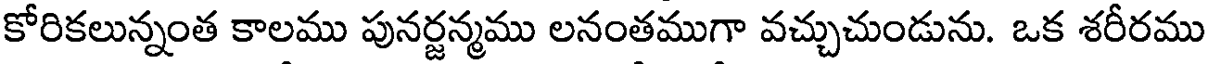
కోరికలున్నంత కాలము పునర్జన్మము లనంతముగా వచ్చుచుండును. ఒక శరీరము